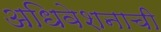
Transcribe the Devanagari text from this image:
अधिवेशनाची